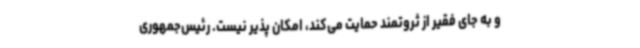
و به جای فقیر از ثروتمند حمایت می‌کند، امکان پذیر نیست. رئیس‌جمهوری